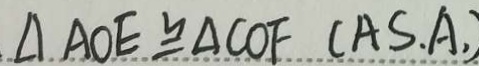
\Delta A O E \cong \Delta C O F ( A S . A , )